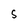
Character: S